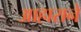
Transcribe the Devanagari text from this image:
आहाराने